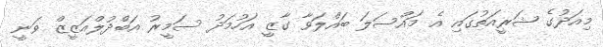
މިއަދުގެ ޝަރީއަތުގައި އެ މައްސަލަ ބައްލަވާ ގާޒީ އަހުމަދު ސަމީރު އަބްދުލްއަޒީޒް ވަނީ